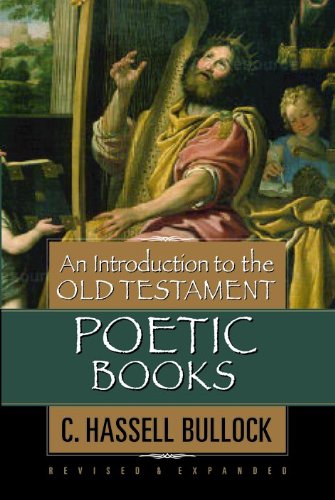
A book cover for An Introduction to the Old Testament Poetic Books; C. Hassell Bullock; Christian Books & Bibles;